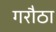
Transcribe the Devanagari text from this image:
गरौठा